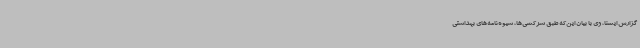
گزارش ایسنا، وی با بیان این‌که طبق سرکشی‌ها، شیوه‌نامه‌های بهداشتی